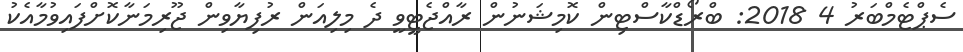
ސެޕްޓެމްބަރު 4 2018: ބްރޯޑްކާސްޓިން ކޮމިޝަނުން ރާއްޖެޓީވީ ދެ މިލިއަން ރުފިޔާވިން ޖޫރިމަނާކޮށްފައިވުމާއެކު